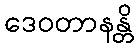
ဒေဝတာနန္တိ